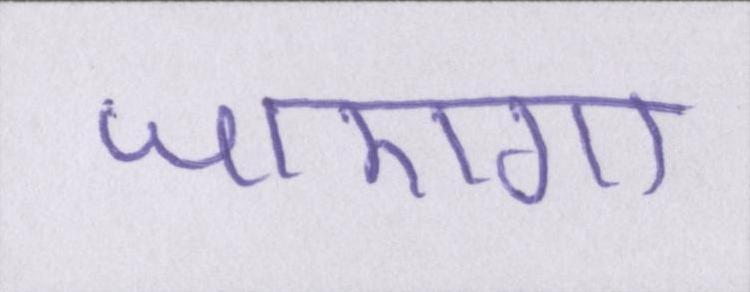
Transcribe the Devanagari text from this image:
जाएगा